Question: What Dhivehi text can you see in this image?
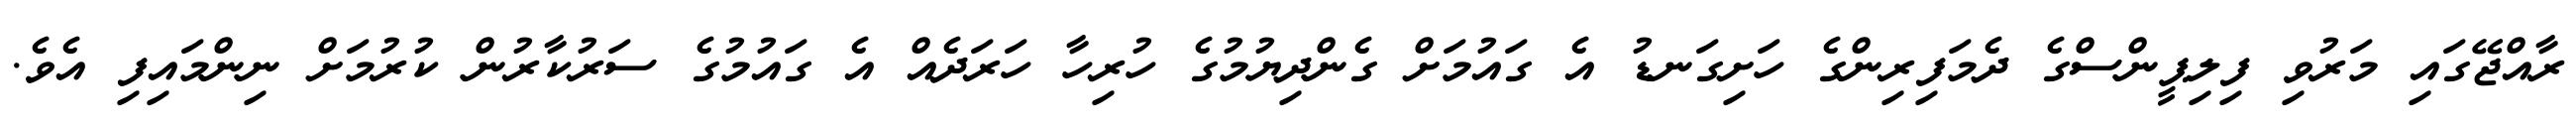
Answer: ރާއްޖޭގައި މަރުވި ފިލިޕީންސްގެ ދެމަފިރިންގެ ހަށިގަނޑު އެ ގައުމަށް ގެންދިޔުމުގެ ހުރިހާ ހަރަދެއް އެ ގައުމުގެ ސަރުކާރުން ކުރުމަށް ނިންމައިފި އެވެ.